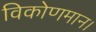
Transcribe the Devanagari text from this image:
विकोणमान।